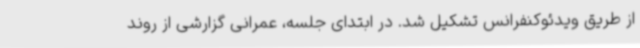
از طریق ویدئوکنفرانس تشکیل شد. در ابتدای جلسه، عمرانی گزارشی از روند